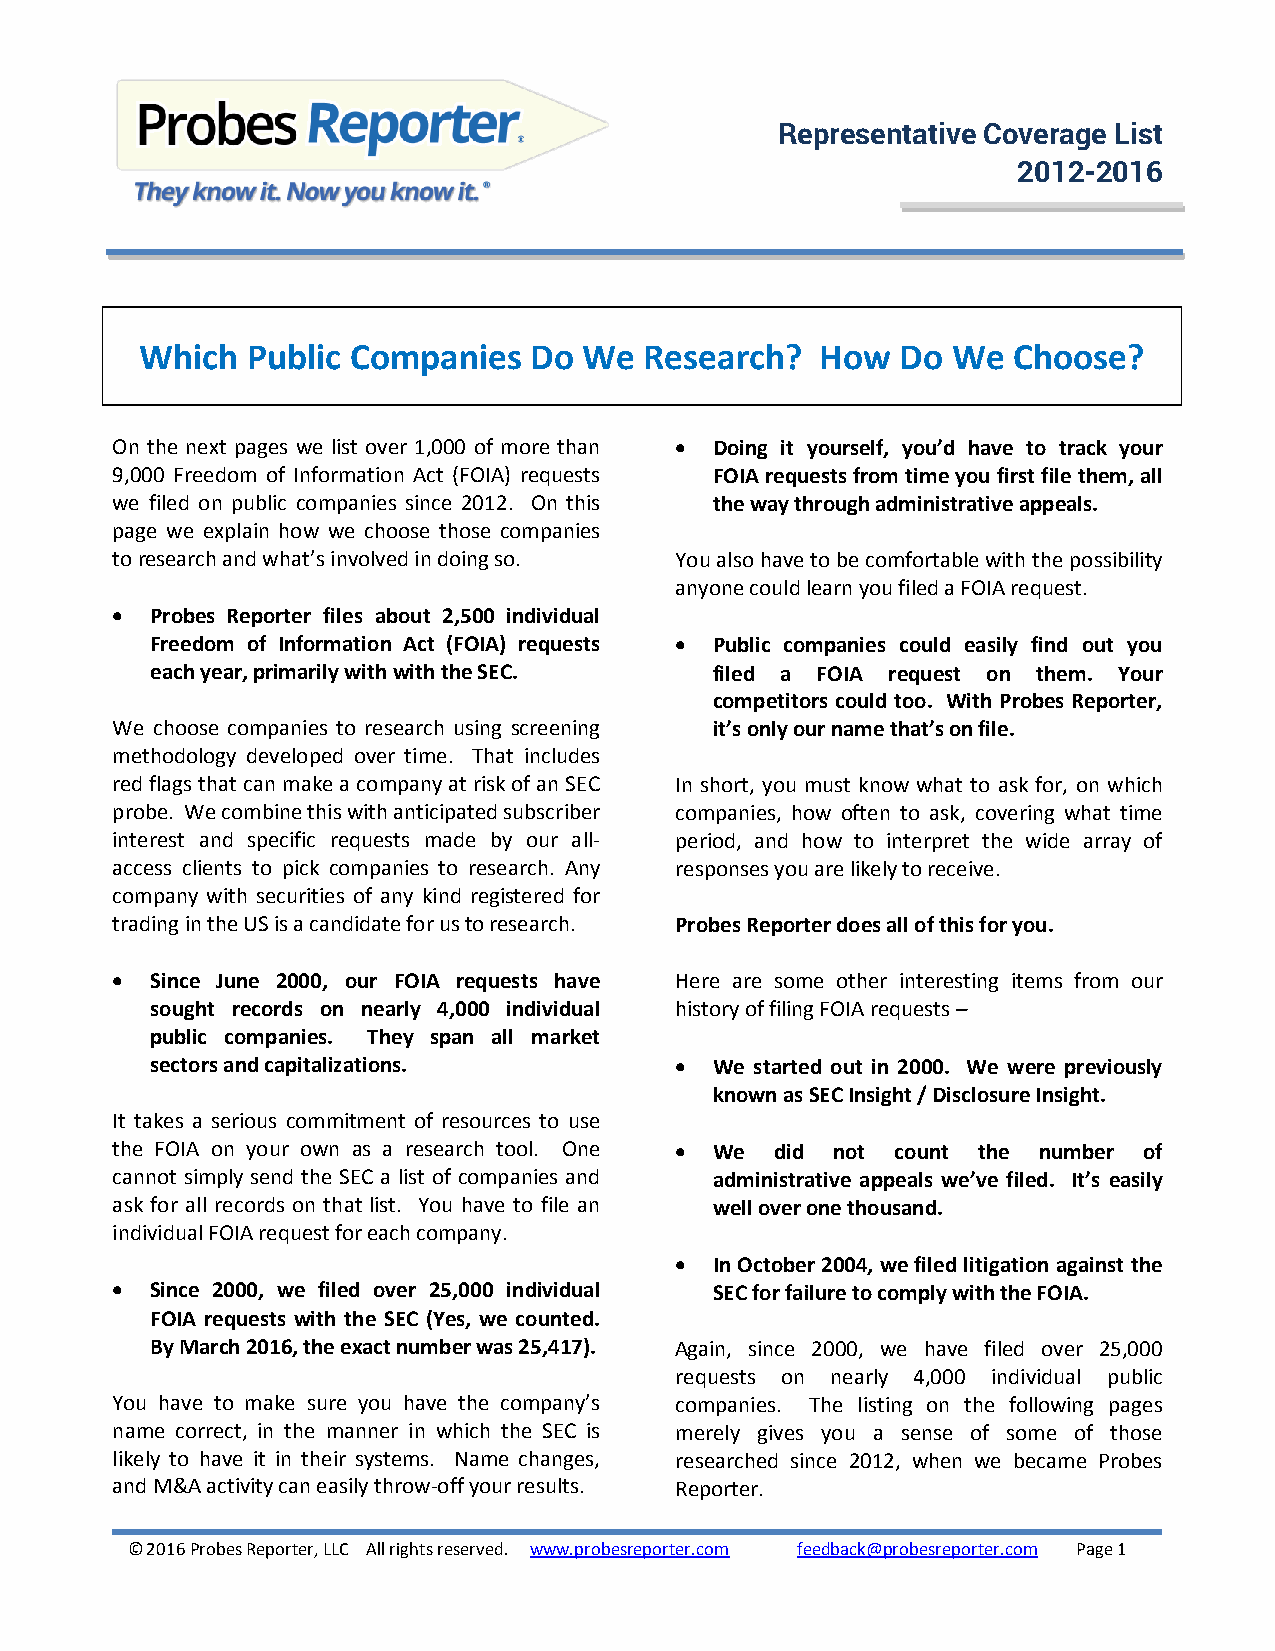
Representative Coverage List
 2012-2016
 Which  Public Companies   Do  We  Research?  How   Do We  Choose?
 On the next pages we list over 1,000 of more than  Doing it yourself, you’d have to track your
 9,000 Freedom of Information Act (FOIA) requests FOIA requests from time you first file them, all
 we filed on public companies since 2012. On this the way through administrative appeals.
 page we explain how we choose those companies
 to research and what’s involved in doing so. You also have to be comfortable with the possibility
 anyone could learn you filed a FOIA request.
   Probes Reporter files about 2,500 individual
 Freedom of Information Act (FOIA) requests  Public companies could easily find out you
 each year, primarily with with the SEC. filed a FOIA request on them. Your
 competitors could too. With Probes Reporter,
 We choose companies to research using screening it’s only our name that’s on file.
 methodology developed over time. That includes
 red flags that can make a company at risk of an SEC In short, you must know what to ask for, on which
 probe. We combine this with anticipated subscriber companies, how often to ask, covering what time
 interest and specific requests made by our all- period, and how to interpret the wide array of
 access clients to pick companies to research. Any responses you are likely to receive.
 company with securities of any kind registered for
 trading in the US is a candidate for us to research. Probes Reporter does all of this for you.
   Since June 2000, our FOIA requests have Here are some other interesting items from our
 sought records on nearly 4,000 individual history of filing FOIA requests –
 public companies. They span all market
 sectors and capitalizations.        We started out in 2000. We were previously
 known as SEC Insight / Disclosure Insight.
 It takes a serious commitment of resources to use
 the FOIA on your own as a research tool. One  We did not count the number of
 cannot simply send the SEC a list of companies and administrative appeals we’ve filed. It’s easily
 ask for all records on that list. You have to file an well over one thousand.
 individual FOIA request for each company.
  In October 2004, we filed litigation against the
   Since 2000, we filed over 25,000 individual SEC for failure to comply with the FOIA.
 FOIA requests with the SEC (Yes, we counted.
 By March 2016, the exact number was 25,417). Again, since 2000, we have filed over 25,000
 requests on nearly 4,000 individual public
 You have to make sure you have the company’s companies. The listing on the following pages
 name correct, in the manner in which the SEC is merely gives you a sense of some of those
 likely to have it in their systems. Name changes, researched since 2012, when we became Probes
 and M&A activity can easily throw-off your results. Reporter.
 © 2016 Probes Reporter, LLC All rights reserved. www.probesreporter.com feedback@probesreporter.com Page 1